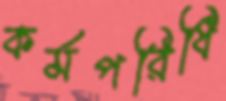
কর্মপরিধি